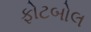
ફોટબોલ